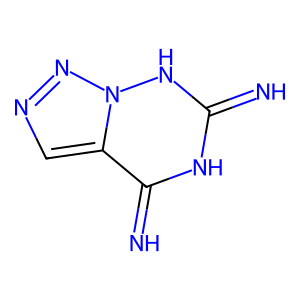
SMILES: N=c1[nH]c(=N)c2cnnn2[nH]1
Inhibits HIV replication: No